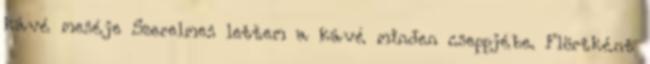
kávé meséje Szerelmes lettem a kávé minden cseppjébe. Flörtként